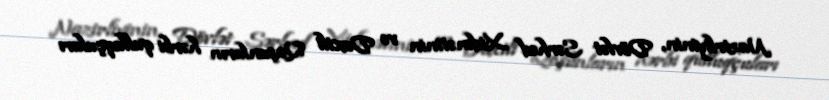
Nazirliyinin, Dövlət Sərhəd Xidmətinin və Daxili Qoşunların hərbi qulluqçuları